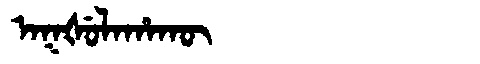
Manchu: ᠠᡴᡧᡠᠯᠠᡥᠠᡴᡡ
Romanization: AKŠULAHAKŪ